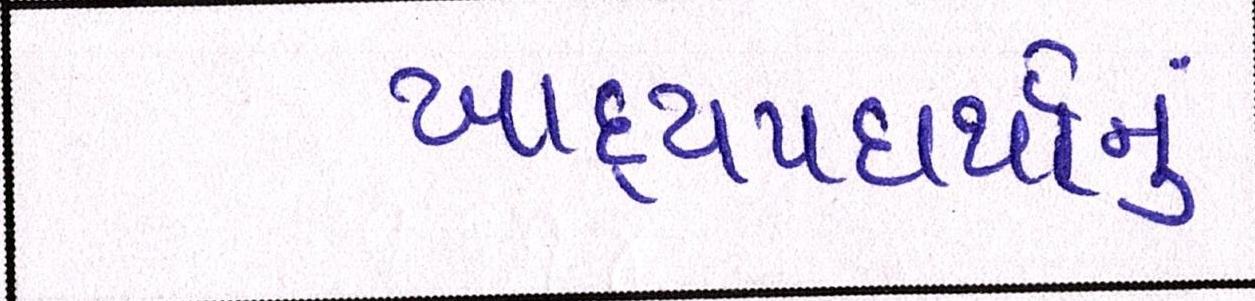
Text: ખાદ્યપદાર્થોનું